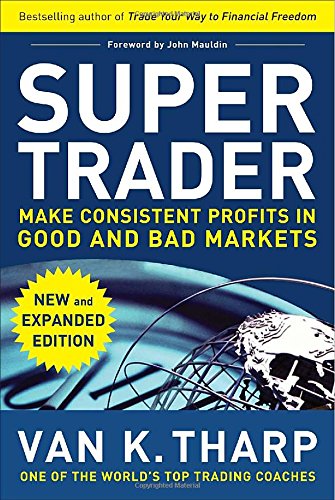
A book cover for Super Trader, Expanded Edition: Make Consistent Profits in Good and Bad Markets; Van Tharp; Business & Money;